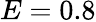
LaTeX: E=0.8